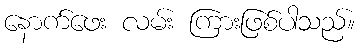
နောက်ဖေး လမ်း ကြားဖြစ်ပါသည်။